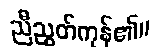
ညီညွတ်ကုန်၏။